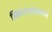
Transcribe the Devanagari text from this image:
सिकंदराबादमध्ये